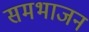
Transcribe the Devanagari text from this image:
समभाजन